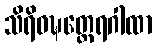
သိရိဝဍ္ဎတ္ထေရဂါထာ